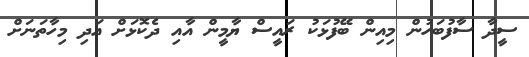
ސީދާ ސާފުބަހުން މިއިން ބޭފުޅަކު ރައީސް ޔާމީން އާއި ދެކޮޅަށް އަދި މިހާތަނަށް